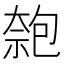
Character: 𠣼